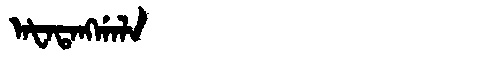
Manchu: ᠠᡶᠠᡨᠠᠩᡤᠠᠯᠠ
Romanization: AFATANGGALA